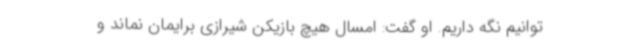
توانیم نگه داریم. او گفت: امسال هیچ بازیکن شیرازی برایمان نماند و